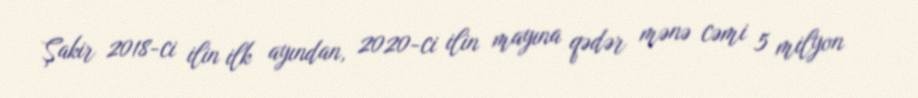
Şakir 2018-ci ilin ilk ayından, 2020-ci ilin mayına qədər mənə cəmi 5 milyon